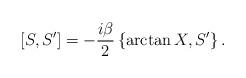
LaTeX: \begin{align*}[S,S']=-\frac{i\beta}{2}\left\{\arctan{X},S'\right\}. \end{align*}